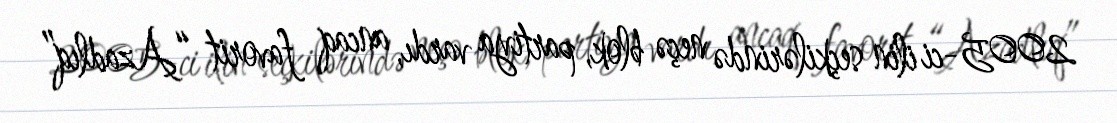
2005-ci ilin seçkilərində neçə blok, partiya vardı, ancaq favorit “Azadlıq”